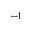
^ { - 1 }